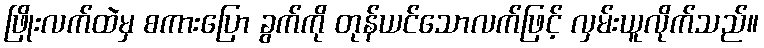
ဖြိုးလက်ထဲမှ စကားပြော ခွက်ကို တုန်ယင်သောလက်ဖြင့် လှမ်းယူလိုက်သည်။